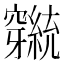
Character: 𬔕